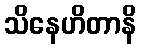
သိနေဟိတာနိ